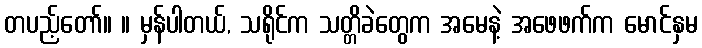
တပည့်တော်။ ။ မှန်ပါတယ်, သရိုင်က သတ္တိခဲတွေက အမေနဲ့ အဖေဖက်က မောင်နှမ